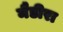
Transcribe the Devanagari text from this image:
मैडीरा